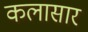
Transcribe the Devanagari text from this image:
कलासार